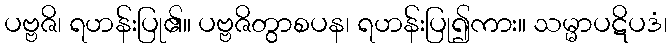
ပဗ္ဗဇိ၊ ရဟန်းပြု၏။ ပဗ္ဗဇိတွာစပန၊ ရဟန်းပြု၍ကား။ သမ္မာပဋိပဒံ၊